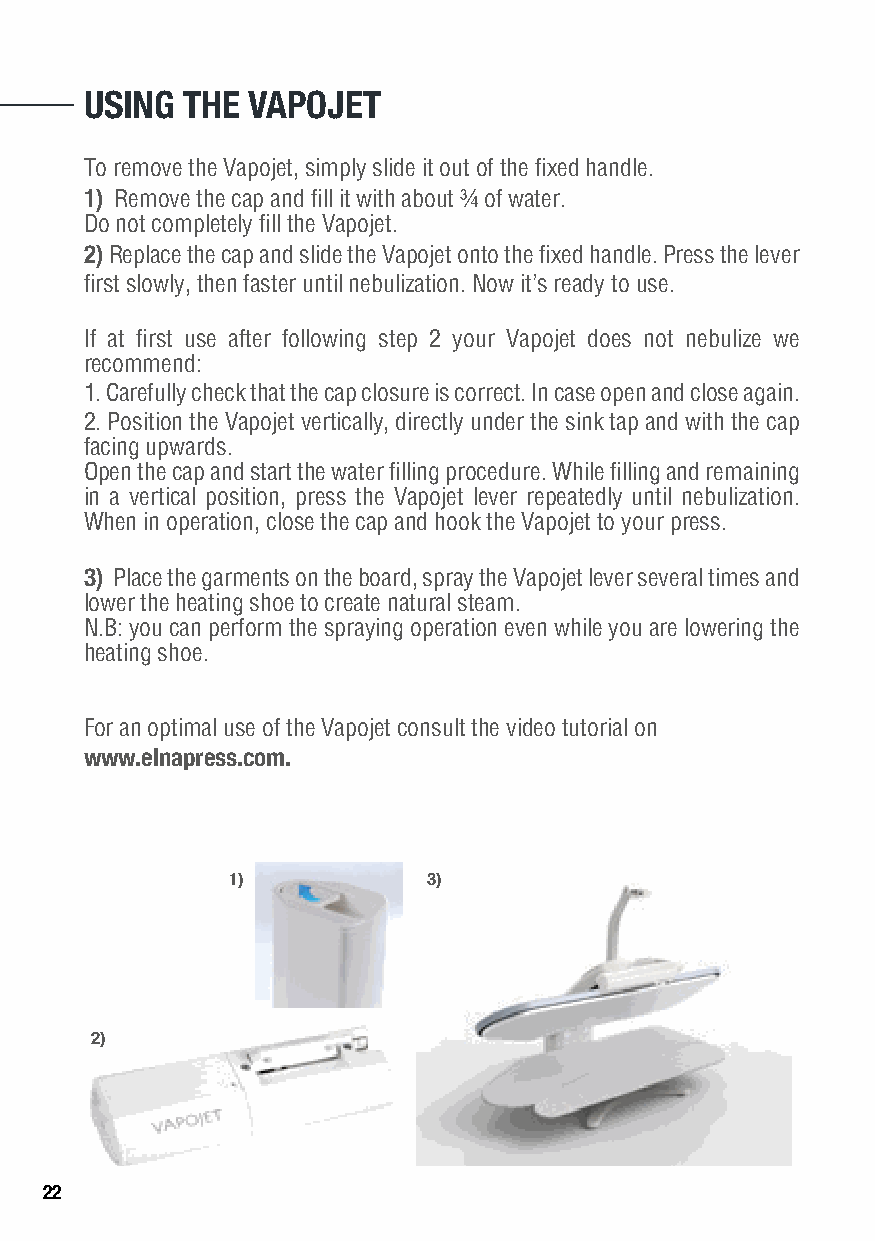
USING THE VAPOJET
 To remove the Vapojet, simply slide it out of the fixed handle.
 1) Remove the cap and fill it with about ¾ of water.
 Do not completely fill the Vapojet.
 2) Replace the cap and slide the Vapojet onto the fixed handle. Press the lever
 first slowly, then faster until nebulization. Now it’s ready to use.
 If at first use after following step 2 your Vapojet does not nebulize we
 recommend:
 1. Carefully check that the cap closure is correct. In case open and close again.
 2. Position the Vapojet vertically, directly under the sink tap and with the cap
 facing upwards.
 Open the cap and start the water filling procedure. While filling and remaining
 in a vertical position, press the Vapojet lever repeatedly until nebulization.
 When in operation, close the cap and hook the Vapojet to your press.
 3) Place the garments on the board, spray the Vapojet lever several times and
 lower the heating shoe to create natural steam.
 N.B: you can perform the spraying operation even while you are lowering the
 heating shoe.
 For an optimal use of the Vapojet consult the video tutorial on
 www.elnapress.com.
 1)           3)
 2)
 22